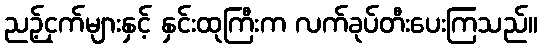
ညဉ့်ငှက်များနှင့် နှင်းထုကြီးက လက်ခုပ်တီးပေးကြသည်။